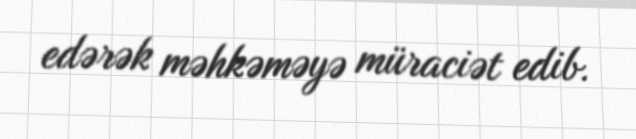
edərək məhkəməyə müraciət edib.